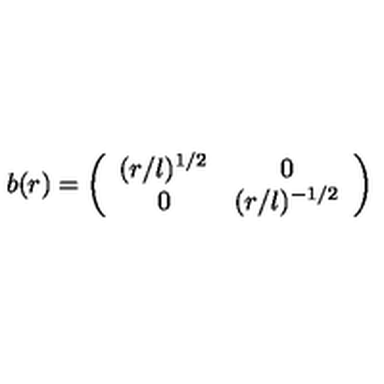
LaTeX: b ( r ) = \left( \begin{array} { c c } { ( r / l ) ^ { 1 / 2 } } & { 0 } \\ { 0 } & { ( r / l ) ^ { - 1 / 2 } } \\ \end{array} \right)